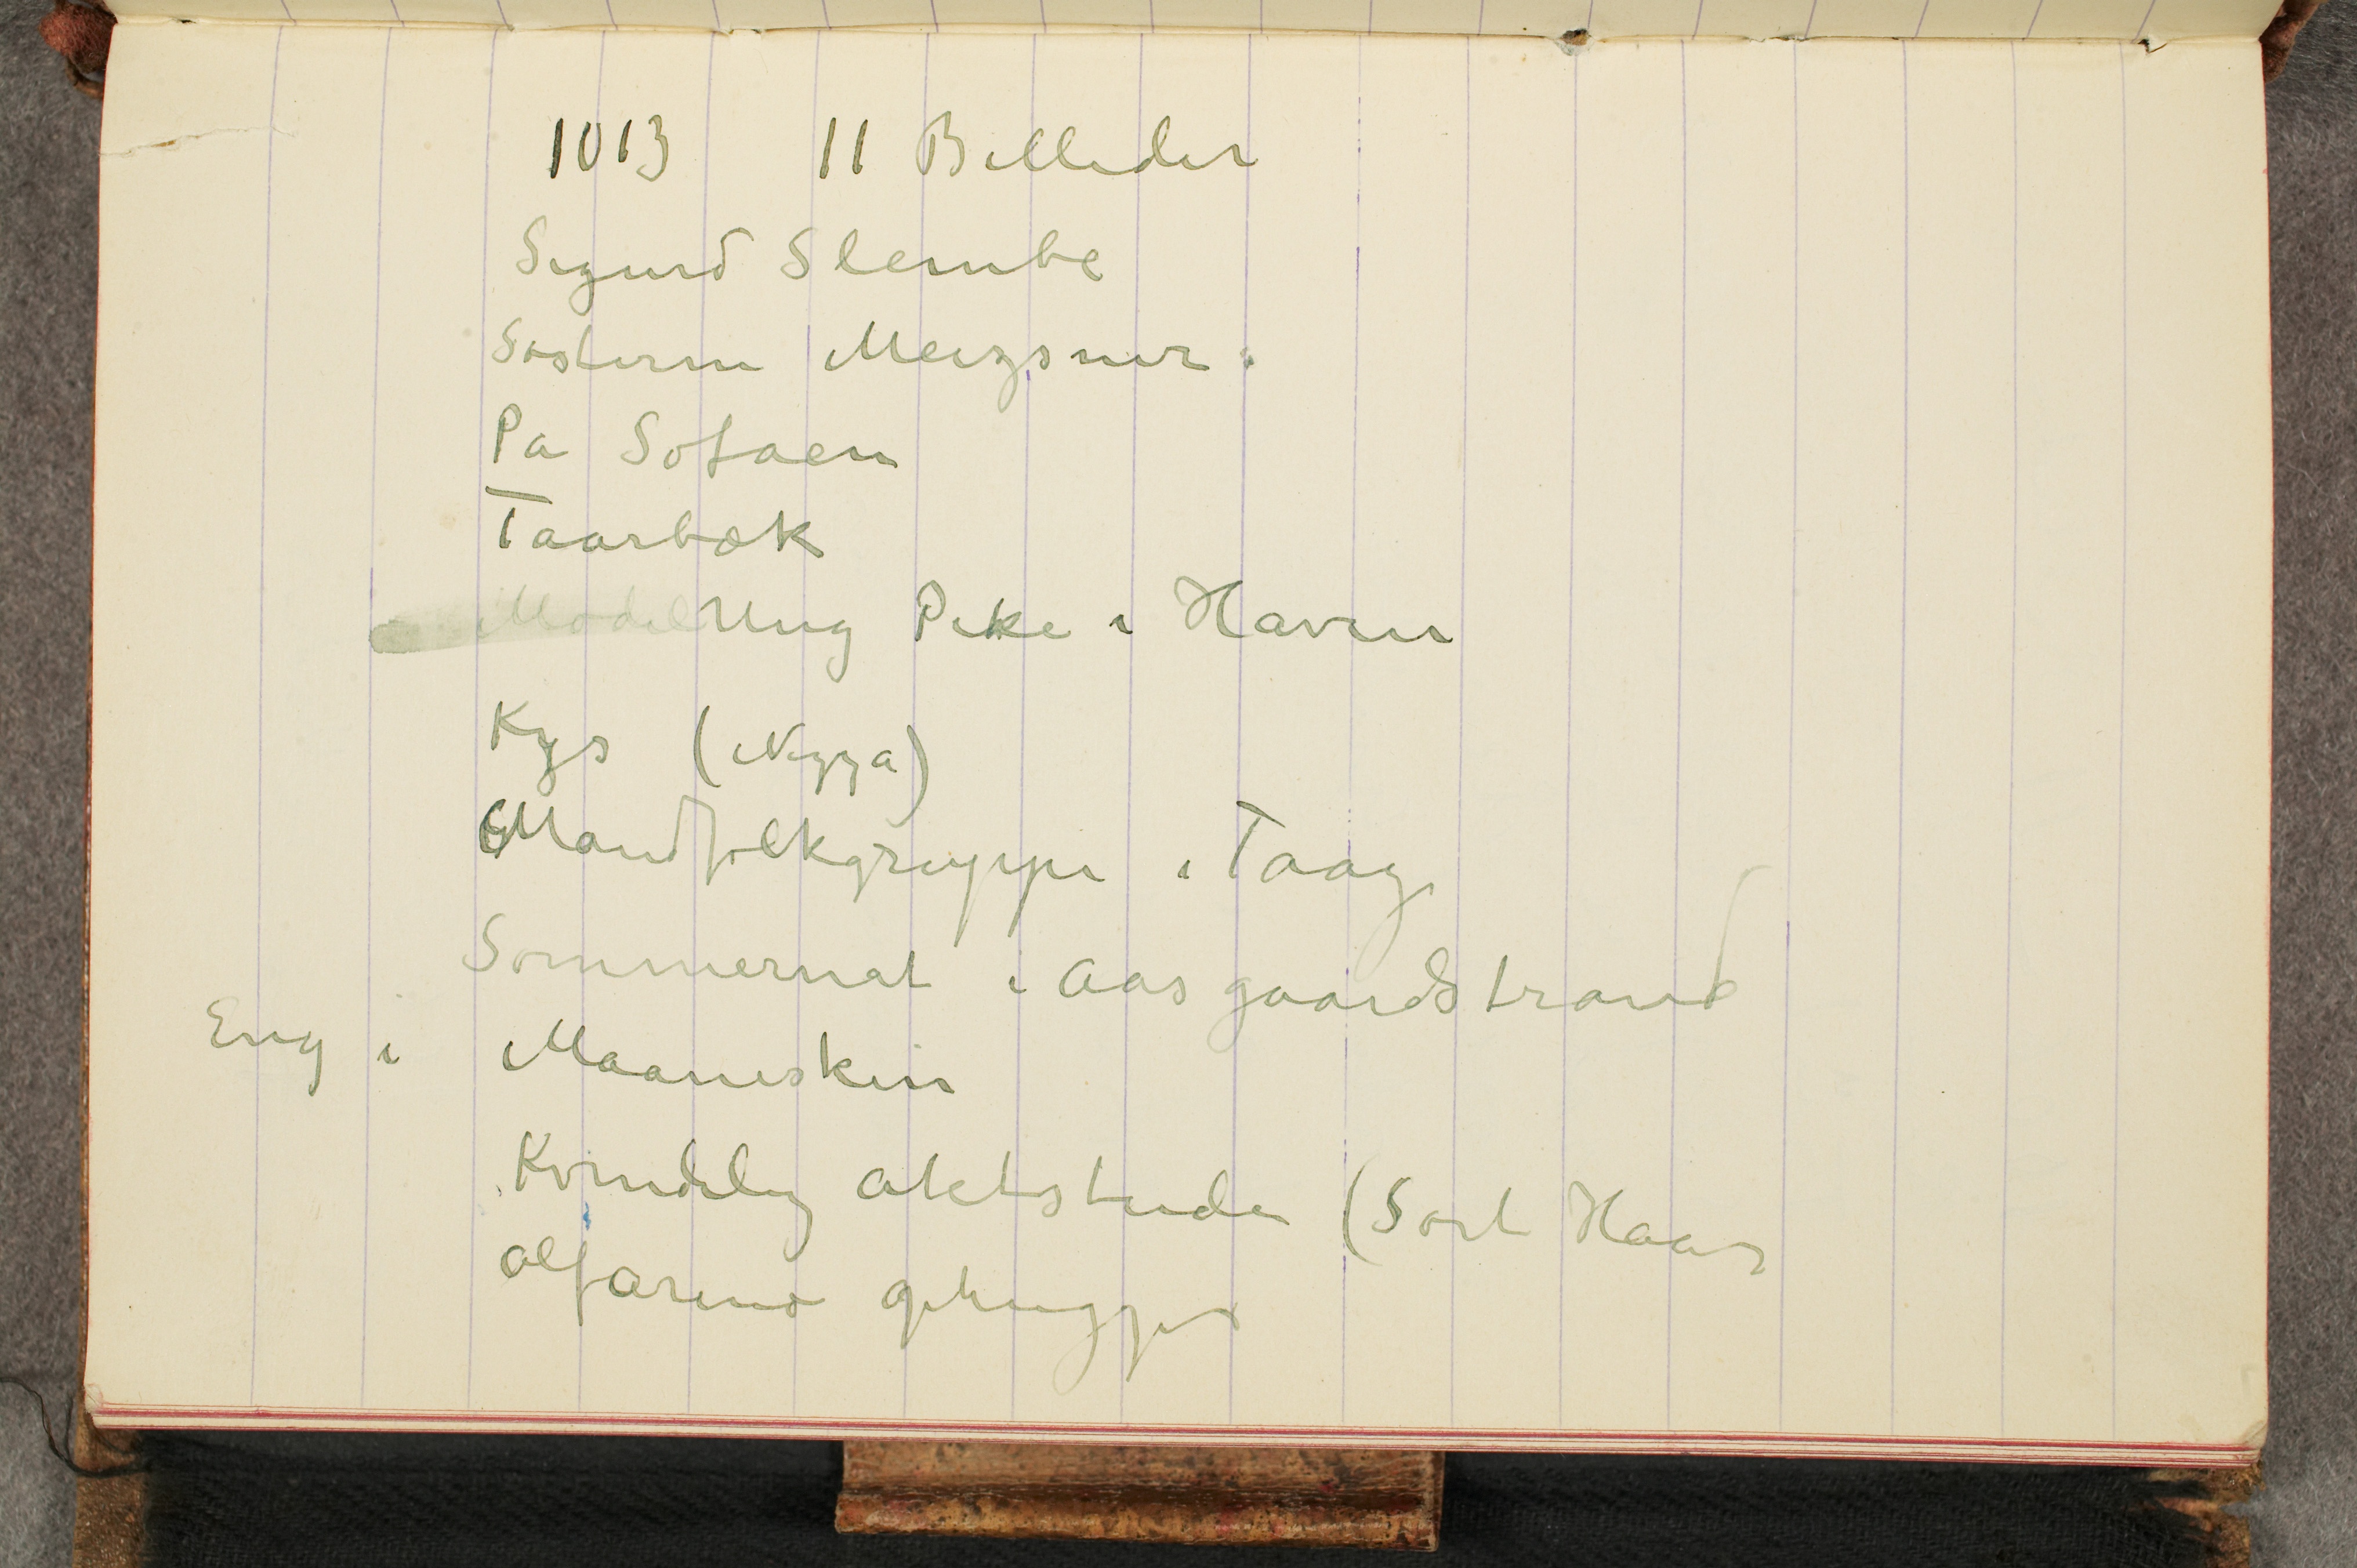
1013 11 Billeder
Sigurd Slembe
Søsterne Meizsner
På Sofaen
Taarbæk
ModelUng Oike i Haven
Kys (Nizza)
Mandfolkgruppe i Taag
Sommernat i Aasgaardstrand
Eng i Maaneskin
Kvindelig aktstudie (Sort Haar
Alfarino ophugges